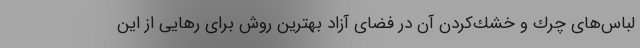
لباس‌های چرك و خشك‌كردن آن در فضای آزاد بهترین روش برای رهایی از این